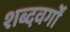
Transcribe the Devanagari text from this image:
शब्दवर्गों